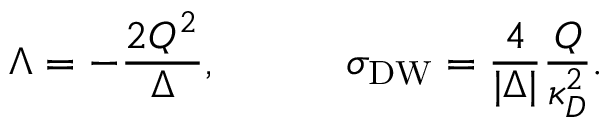
\Lambda = - { \frac { 2 Q ^ { 2 } } { \Delta } } , \ \ \ \ \ \ \ \ \ \sigma _ { \mathrm { D W } } = { \frac { 4 } { | \Delta | } } { \frac { Q } { \kappa _ { D } ^ { 2 } } } .